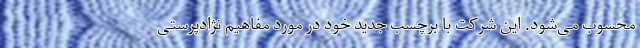
محسوب می‌شود. این شرکت با برچسب جدید خود در مورد مفاهیم نژادپرستی